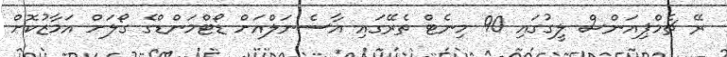
ރޭ ޗެމްޕިއަންސް ލީގުގައި 90 މިނެޓް ތެރޭގައި އާސެނަލްއަށް ޑޯޓްމަންޑްގެ ގޯލަށް އަމާޒުކޮށް